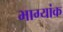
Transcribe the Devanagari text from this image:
भाग्यांक